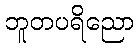
ဘူတပရိညော